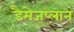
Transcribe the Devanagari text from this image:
डैमेजप्लान